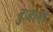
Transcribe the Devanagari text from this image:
दुजाना